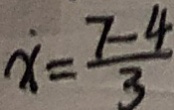
x = \frac { 7 - 4 } { 3 }